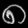
Digit: ၈